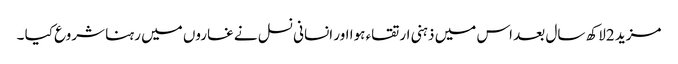
مزید 2لاکھ سال بعد اس میں ذہنی ارتقاء ہوا اور انسانی نسل نے غاروں میں رہنا شروع کیا ۔